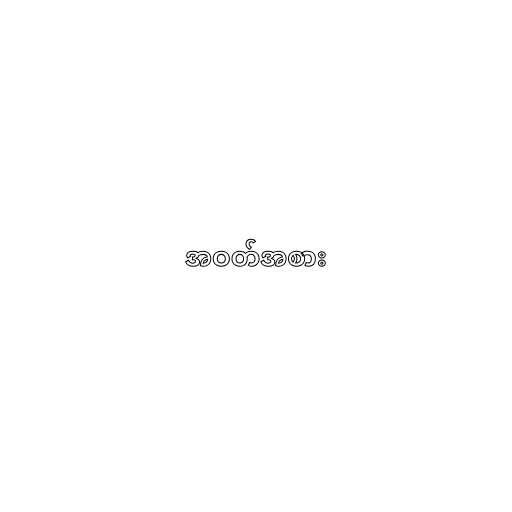
အဝတ်အစား